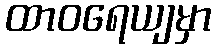
ထာဝရေယျမှာ